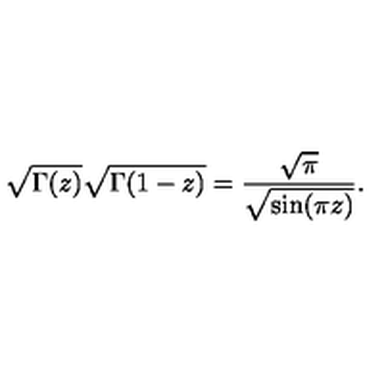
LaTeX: \sqrt { \Gamma ( z ) } \sqrt { \Gamma ( 1 - z ) } = { \frac { \sqrt \pi } { \sqrt { \sin ( \pi z ) } } } .